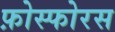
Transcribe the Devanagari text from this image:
फ़ोस्फोरस